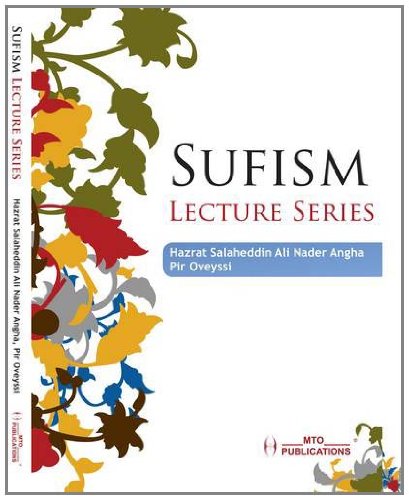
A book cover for Sufism Lecture Series; Professor Nader Angha; Religion & Spirituality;